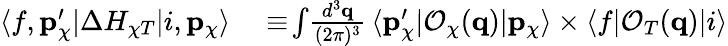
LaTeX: \begin{array}{rl}{\langle f,\mathbf{p}_{\chi}^{\prime}|\Delta H_{\chi T}|i,\mathbf{p}_{\chi}\rangle}&{{}\equiv\! \int\! \frac{d^{3}\mathbf{q}}{(2\pi)^{3}}\, \langle\mathbf{p}_{\chi}^{\prime}|\mathcal{O}_{\chi}(\mathbf{q})|\mathbf{p}_{\chi}\rangle\times\langle f|\mathcal{O}_{T}(\mathbf{q})|i\rangle}\end{array}